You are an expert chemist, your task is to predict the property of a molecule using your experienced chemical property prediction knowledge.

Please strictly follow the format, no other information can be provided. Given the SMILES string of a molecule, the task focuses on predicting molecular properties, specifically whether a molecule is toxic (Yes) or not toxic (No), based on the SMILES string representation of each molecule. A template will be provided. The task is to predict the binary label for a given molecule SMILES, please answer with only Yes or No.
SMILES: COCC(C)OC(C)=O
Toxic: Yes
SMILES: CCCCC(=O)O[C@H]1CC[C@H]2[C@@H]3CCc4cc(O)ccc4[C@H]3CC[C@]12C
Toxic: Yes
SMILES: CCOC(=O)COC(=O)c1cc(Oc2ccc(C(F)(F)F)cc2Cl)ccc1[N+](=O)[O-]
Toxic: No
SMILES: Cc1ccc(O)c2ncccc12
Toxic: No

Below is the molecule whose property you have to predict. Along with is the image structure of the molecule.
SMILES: CCN1C[C@@]2(COC)[C@H]3[C@@H](OC)[C@H]4C1[C@]3([C@@H](OC)C[C@H]2O)[C@@H]1C[C@]2(O)[C@@H](OC)[C@H](O)[C@@]4(OC(C)=O)[C@H]1[C@H]2OC(=O)c1ccccc1
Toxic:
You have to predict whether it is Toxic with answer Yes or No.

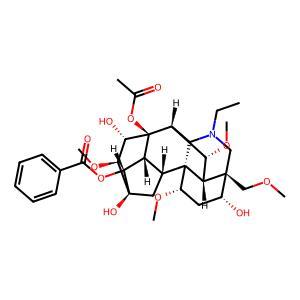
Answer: No